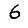
Digit: 6